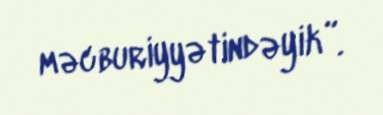
məcburiyyətindəyik”.